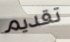
تقديم